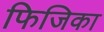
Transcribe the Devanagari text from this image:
फिजिका